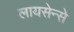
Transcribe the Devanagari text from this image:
लायसेन्से